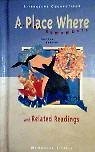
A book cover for A Place Where the Sea Remembers and Related Readings (Literature connections); Sandra Benitez; Literature & Fiction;